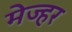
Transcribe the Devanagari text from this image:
मेज्हर